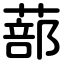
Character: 蔀